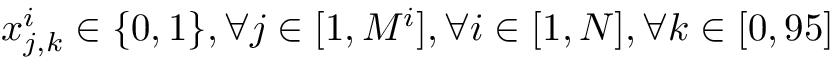
x _ { j , k } ^ { i } \in \{ 0 , 1 \} , \forall j \in [ 1 , M ^ { i } ] , \forall i \in [ 1 , N ] , \forall k \in [ 0 , 9 5 ]